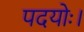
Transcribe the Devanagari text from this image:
पदयोः।